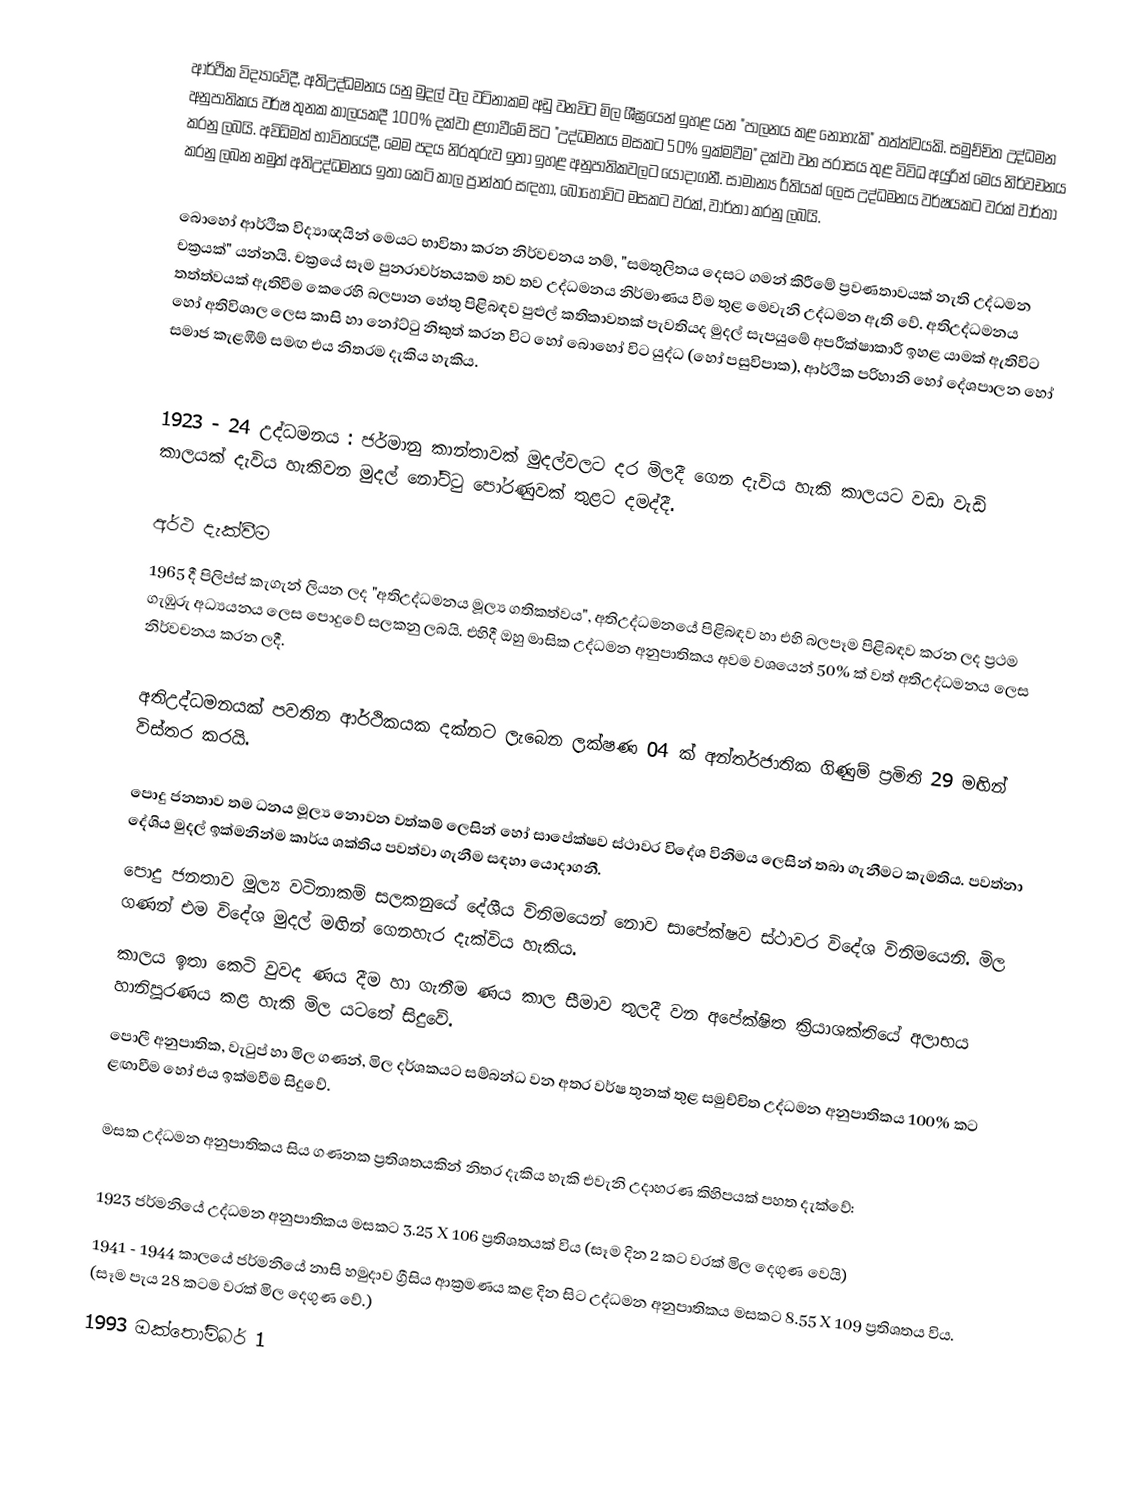
ආර්ථික විද්‍යාවේදී, අතිඋද්ධමනය යනු මුදල් වල වටිනාකම අඩු වනවිට මිල ශීඝ්‍රයෙන් ඉහළ යන "පාලනය කළ නොහැකි" තත්ත්වයකි. සමුච්චිත උද්ධමන අනුපාතිකය වර්ෂ තුනක කාලයකදී 100% දක්වා ළගාවීමේ සිට "උද්ධමනය මසකට 50% ඉක්මවීම" දක්වා වන පරාසය තුළ විවිධ අයුරින් මෙය නිර්වචනය කරනු ලබයි. අවිධිමත් භාවිතයේදී, මෙම පදය නිරතුරුව ඉතා ඉහළ අනුපාතිකවලට යොදාගනී. සාමාන්‍ය රීතියක් ලෙස උද්ධමනය වර්ෂයකට වරක් වාර්තා කරනු ලබන නමුත් අතිඋද්ධමනය ඉතා කෙටි කාල ප්‍රාන්තර සඳහා, බොහෝවිට මසකට වරක්, වාර්තා කරනු ලබයි.

බොහෝ ආර්ථික විද්‍යාඥයින් මෙයට භාවිතා කරන නිර්වචනය නම්, "සමතුලිතය දෙසට ගමන් කිරීමේ ප්‍රවණතාවයක් නැති උද්ධමන චක්‍රයක්" යන්නයි. චක්‍රයේ සෑම පුනරාවර්තයකම තව තව උද්ධමනය නිර්මාණය වීම තුළ මෙවැනි උද්ධමන ඇති වේ. අතිඋද්ධමනය තත්ත්වයක් ඇතිවීම කෙරෙහි බලපාන හේතු පිළිබඳව පුළුල් කතිකාවතක් පැවතියද මුදල් සැපයුමේ අපරීක්ෂාකාරී ඉහළ යාමක් ඇතිවිට හෝ අතිවිශාල ලෙස කාසි හා නෝට්ටු නිකුත් කරන විට හෝ බොහෝ විට යුද්ධ (හෝ පසුවිපාක), ආර්ථික පරිහානි හෝ දේශපාලන හෝ සමාජ කැළඹීම් සමඟ එය නිතරම දැකිය හැකිය.

1923 - 24 උද්ධමනය : ජර්මානු කාන්තාවක් මුදල්වලට දර මිලදී ගෙන දැවිය හැකි කාලයට වඩා වැඩි කාලයක් දැවිය හැකිවන මුදල් නෝට්ටු පෝරණුවක් තුළට දමද්දී.

අර්ථ දැක්වීම
1965 දී පිලිප්ස් කැගැන් ලියන ලද "අතිඋද්ධමනය මූල්‍ය ගතිකත්වය", අතිඋද්ධමනයේ පිළිබඳව හා එහි බලපෑම පිළිබඳව කරන ලද ප්‍රථම ගැඹුරු අධ්‍යයනය ලෙස පොදුවේ සලකනු ලබයි. එහිදී ඔහු මාසික උද්ධමන අනුපාතිකය අවම වශයෙන් 50% ක් වත් අතිඋද්ධමනය ලෙස නිර්වචනය කරන ලදී.

අතිඋද්ධමනයක් පවතින ආර්ථිකයක දක්නට ලැබෙන ලක්ෂණ 04 ක් අන්තර්ජාතික ගිණුම් ප්‍රමිති 29 මඟින් විස්තර කරයි.

 පොදු ජනතාව තම ධනය මූල්‍ය නොවන වත්කම් ලෙසින් හෝ සාපේක්ෂව ස්ථාවර විදේශ විනිමය ලෙසින් තබා ගැනීමට කැමතිය. පවත්නා දේශිය මුදල් ඉක්මනින්ම කාර්ය ශක්තිය පවත්වා ගැනීම සඳහා යොදාගනී.
 පොදු ජනතාව මූල්‍ය වටිනාකම් සලකනුයේ දේශීය විනිමයෙන් නොව සාපේක්ෂව ස්ථාවර විදේශ විනිමයෙනි. මිල ගණන් එම විදේශ මුදල් මඟින් ගෙනහැර දැක්විය හැකිය.
 කාලය ඉතා කෙටි වුවද ණය දීම හා ගැනීම ණය කාල සීමාව තුලදී වන අපේක්ෂිත ක්‍රියාශක්තියේ අලාභය හානිපූරණය කළ හැකි මිල යටතේ සිදුවේ.
 පොලී අනුපාතික, වැටුප් හා මිල ගණන්, මිල දර්ශකයට සම්බන්ධ වන අතර වර්ෂ තුනක් තුළ සමුච්චිත උද්ධමන අනුපාතිකය 100% කට ළඟාවීම හෝ එය ඉක්මවීම සිදුවේ.

මසක උද්ධමන අනුපාතිකය සිය ගණනක ප්‍රතිශතයකින් නිතර දැකිය හැකි එවැනි උදාහරණ කිහිපයක් පහත දැක්වේ:

 1923 ජර්මනියේ උද්ධමන අනුපාතිකය මසකට 3.25 X 106 ප්‍රතිශතයක් විය (සෑම දින 2 කට වරක් මිල දෙගුණ වෙයි)
1941 - 1944 කාලයේ ජර්මනියේ නාසි හමුදාව ග්‍රීසිය ආක්‍රමණය කළ දින සිට උද්ධමන අනුපාතිකය මසකට 8.55 X 109 ප්‍රතිශතය විය. (සෑම පැය 28 කටම වරක් මිල දෙගුණ වේ.)
 1993 ඔක්තෝම්බර් 1